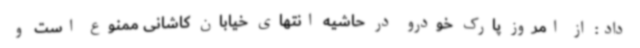
داد: از امروز پارک خودرو در حاشیه انتهای خیابان کاشانی ممنوع است و